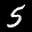
Label: 5